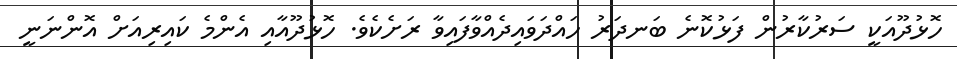
ހޮޅުދޫއަކީ ސަރުކާރުން ފަޅުކޮނެ ބަނދަރު ހައްދަވައިދެއްވާފައިވާ ރަށެކެވެ. ހޮޅުދޫއާއި އެންމެ ކައިރިއަށް އޮންނަނީ